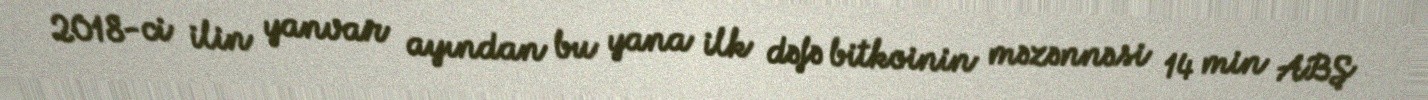
2018-ci ilin yanvar ayından bu yana ilk dəfə bitkoinin məzənnəsi 14 min ABŞ